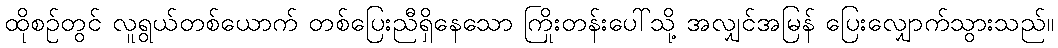
ထိုစဉ်တွင် လူရွယ်တစ်ယောက် တစ်ပြေးညီရှိနေသော ကြိုးတန်းပေါ်သို့ အလျှင်အမြန် ပြေးလျှောက်သွားသည်။